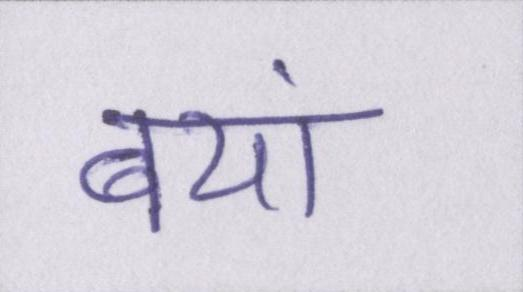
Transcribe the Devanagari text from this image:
बयां